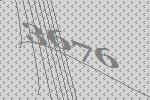
3676